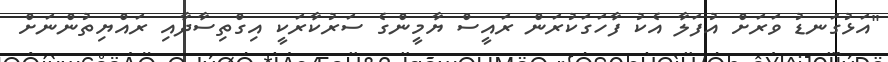
"އަޅުގަނޑު ވަރަށް އުފަލާ އެކު ފާހަގަަކުރަން ރައީސް ޔާމީންގެ ސަރުކާރަކީ އިގްތިސާދާއި ރައްޔިތުންނަށް